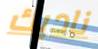
ناديك